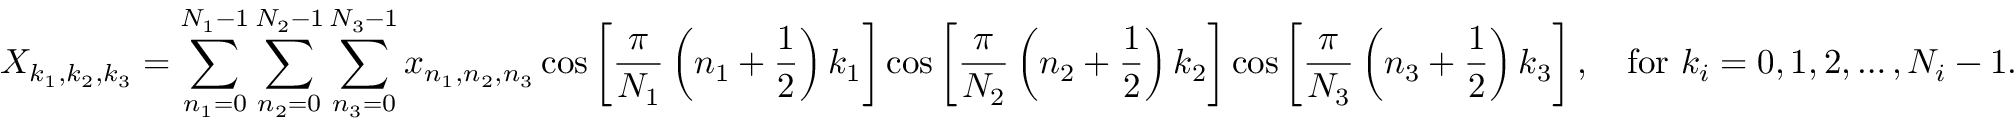
X _ { k _ { 1 } , k _ { 2 } , k _ { 3 } } = \sum _ { n _ { 1 } = 0 } ^ { N _ { 1 } - 1 } \sum _ { n _ { 2 } = 0 } ^ { N _ { 2 } - 1 } \sum _ { n _ { 3 } = 0 } ^ { N _ { 3 } - 1 } x _ { n _ { 1 } , n _ { 2 } , n _ { 3 } } \cos \left[ { \frac { \pi } { N _ { 1 } } } \left( n _ { 1 } + { \frac { 1 } { 2 } } \right) k _ { 1 } \right] \cos \left[ { \frac { \pi } { N _ { 2 } } } \left( n _ { 2 } + { \frac { 1 } { 2 } } \right) k _ { 2 } \right] \cos \left[ { \frac { \pi } { N _ { 3 } } } \left( n _ { 3 } + { \frac { 1 } { 2 } } \right) k _ { 3 } \right] , \quad { \mathrm { f o r ~ } } k _ { i } = 0 , 1 , 2 , \dots , N _ { i } - 1 .